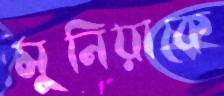
মুনিয়াকে